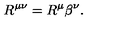
R ^ { \mu \nu } = R ^ { \mu } \beta ^ { \nu } .